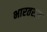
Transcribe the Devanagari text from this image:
भारतरात